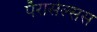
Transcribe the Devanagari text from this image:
पॅरासेल्सस